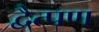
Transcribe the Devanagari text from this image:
द्वैत्पण